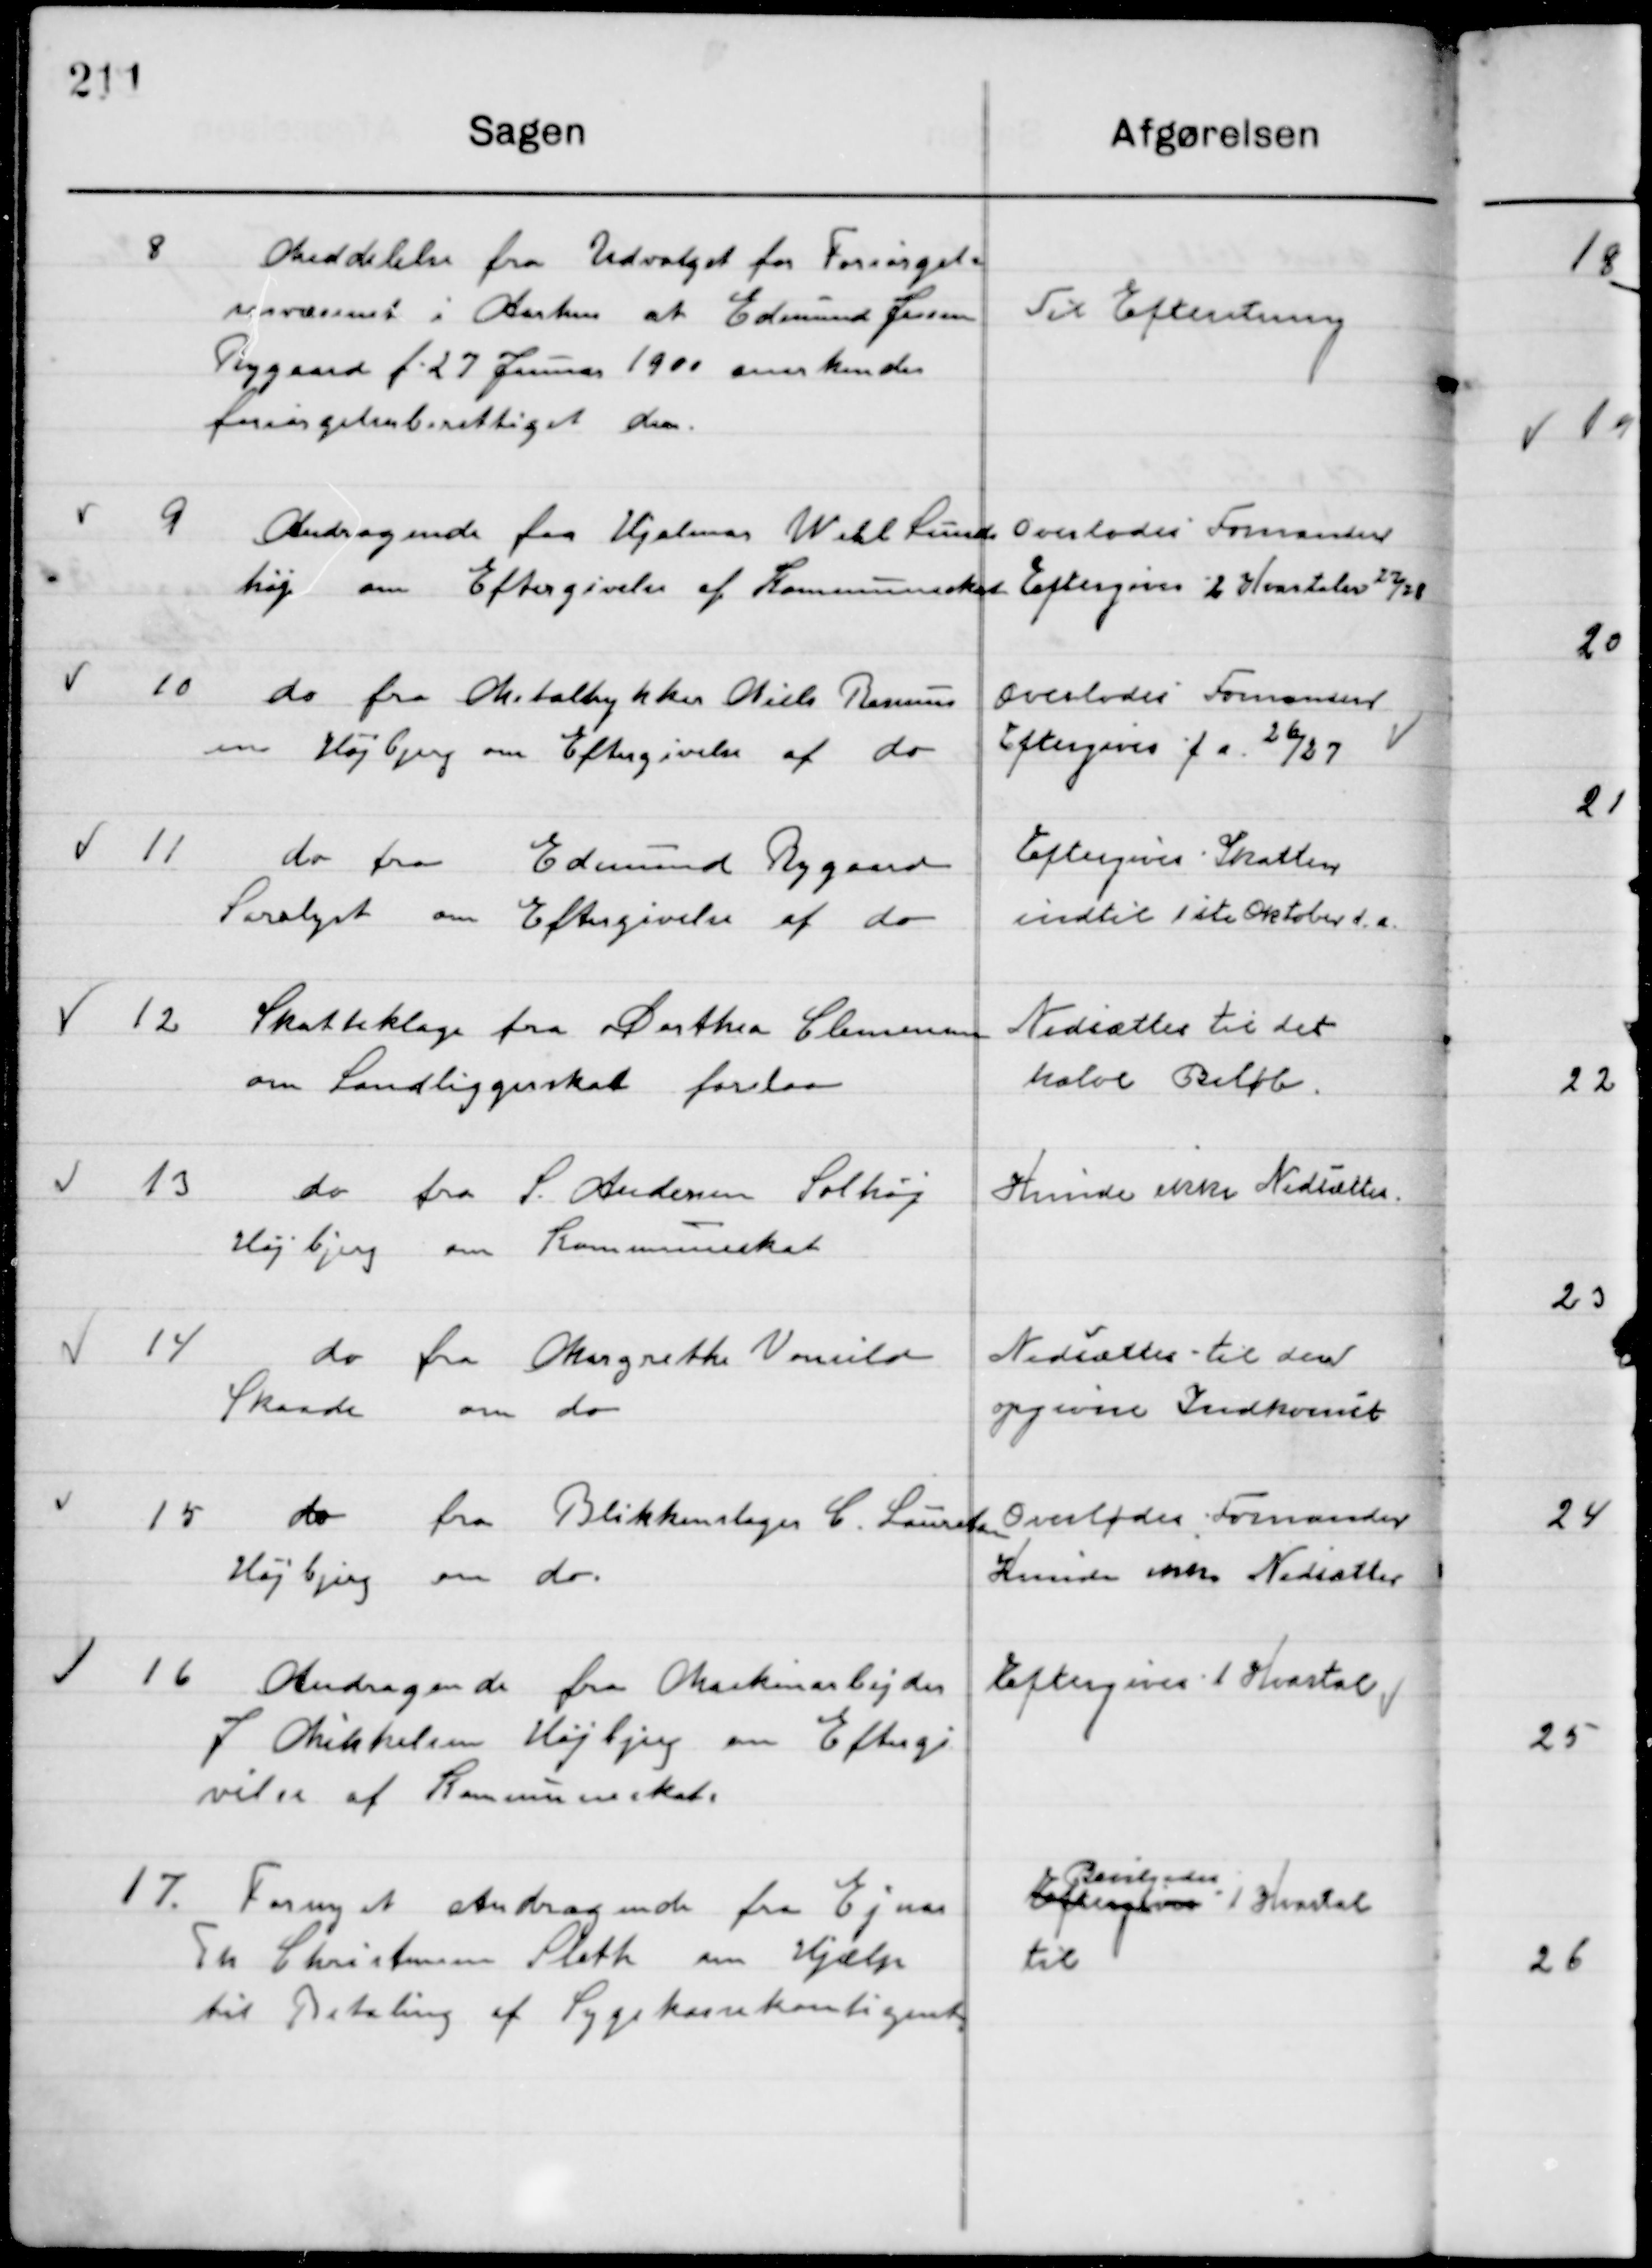
Transskription:
8

Meddelelse fra Udvalget fra Forsørgelses-
væsenet i Aarhus at Edmund Jensen
Tingaard f. 27 Januar 1900 anerkendes 
forsørgelsesberettiget der.

Til Efterretning

9

Andragende fra Hjalmer Whl. Lund-
høj om Eftergivelse af Kommuneskat.

Overlodes Formanden
Eftergives 2. Kvartal 27/28

10

Do fra Metaltrykker Niels Rasmus
sen Højbjerg om Eftergivelse af do

Overlodes Formanden
Eftergives f. a. 26/27

11

Do fra Edmund Rygaard
Saralyst om Eftergivelse af do

Eftergives Skatten
Indtil 1ste Oktober d. a.

12

Skatteklage fra Dorthea Clemmensen 
om Landliggerskat forelaa.

Nedsættes til det
halve Beløb

13

Do fra S. Andersen Solhøj
Højbjerg om Kommuneskat.

Kunde ikke Nedsættes

14

Do fra Margrethe Vonsild
Skaade om do.

Nedsættes til den
Opgivne Indkomst

15

Do fra Blikkenslager C. Laursen
Højbjerg om do.

Overlodes Formanden
Kunde ikke Nedsættes

16

Andragende fra Maskinarbejder
J. Mikkelsen Højbjerg om Eftergi-
velse af Kommuneskat.

Eftergives 1. Kvartal

17

Fornyet Andragende fra Ejnar
Th. Christensen Sleth om Hjælp 
til Betaling af Sygekassekontingent

Bevilgedes
Eftergives i Henhold
til